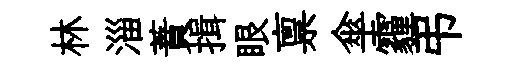
林淄蕡揖眼禀傘霾弔